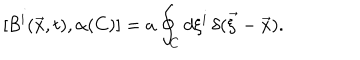
LaTeX: [ { \cal B } ^ { i } ( \vec { x } , t ) , \alpha ( C ) ] = a \oint _ { C } d \xi ^ { i } \, \delta ( \vec { \xi } - \vec { x } ) .